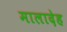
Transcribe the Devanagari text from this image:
मालादेह